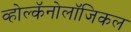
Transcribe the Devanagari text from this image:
व्होल्कॅनोलॉजिकल